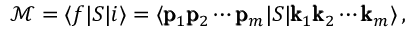
\mathcal { M } = \langle f | S | i \rangle = \langle \pmb { \mathrm { p } } _ { 1 } \pmb { \mathrm { p } } _ { 2 } \cdots \pmb { \mathrm { p } } _ { m } | S | \pmb { \mathrm { k } } _ { 1 } \pmb { \mathrm { k } } _ { 2 } \cdots \pmb { \mathrm { k } } _ { m } \rangle \, ,